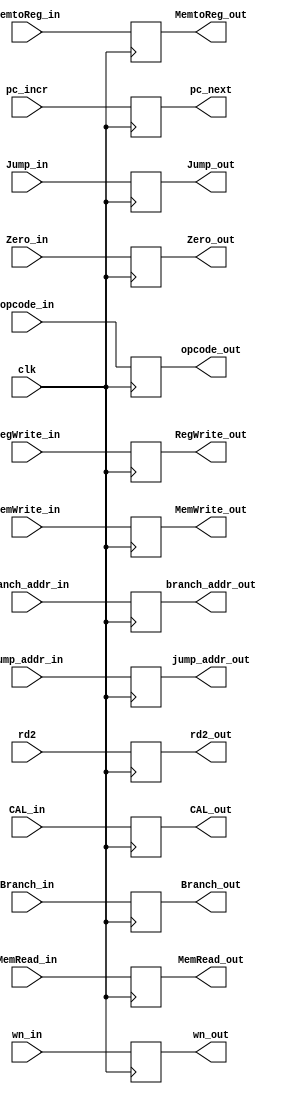
module EX_MEM ( clk, pc_incr, branch_addr_in, CAL_in, rd2, jump_addr_in, wn_in, Zero_in, 
				pc_next, branch_addr_out, CAL_out, rd2_out, jump_addr_out, wn_out, opcode_in,
				Zero_out,MemRead_in, MemWrite_in, Branch_in, RegWrite_in, MemtoReg_in, Jump_in, 
				MemRead_out, MemWrite_out, Branch_out, RegWrite_out, MemtoReg_out, Jump_out, opcode_out ) ;
				
	input				Zero_in, clk ;
	input	[4:0]		wn_in ;
	input	[5:0]		opcode_in ;
	input	[31:0]		pc_incr, branch_addr_in,  CAL_in,  rd2, 	jump_addr_in ;
	input				MemRead_in,  MemWrite_in,  Branch_in,  RegWrite_in,  MemtoReg_in,  Jump_in	;		
	output	reg			Zero_out ;
	output  reg	[4:0]	wn_out ;
	output 	reg [5:0] 	opcode_out ;
	output  reg	[31:0]	pc_next, branch_addr_out, CAL_out, rd2_out, jump_addr_out ;
	output	reg			MemRead_out, MemWrite_out, Branch_out, RegWrite_out, MemtoReg_out, Jump_out ;
	
	always @( posedge clk ) begin
	
		pc_next 	    <= pc_incr ;
		branch_addr_out	<= branch_addr_in ;
		CAL_out 	  	<= CAL_in ;
		rd2_out 	 	<= rd2 ;
		jump_addr_out 	<= jump_addr_in ;
	
		wn_out 		  	<= wn_in ;
		opcode_out		<= opcode_in ;
	
		Zero_out 	  	<= Zero_in ;
		MemRead_out   	<= MemRead_in ;
		MemWrite_out  	<= MemWrite_in ;
		Branch_out 	  	<= Branch_in ;
		RegWrite_out  	<= RegWrite_in ;
		MemtoReg_out  	<= MemtoReg_in ;
		Jump_out 	  	<= Jump_in ;

	end	
endmodule